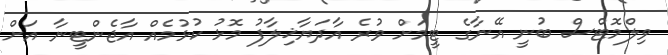
ވިލްމޮޓްސް ބުނީ އޭނާގެ ޓީމަށް ވުރެ އާދަޔާޚިލާފު މޮޅު ކުޅުމެއް އާޖެންޓީނާ އަށް